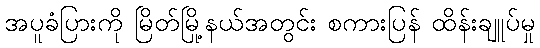
အပူခံပြားကို မြိတ်မြို့နယ်အတွင်း စကားပြန် ထိန်းချူပ်မှု